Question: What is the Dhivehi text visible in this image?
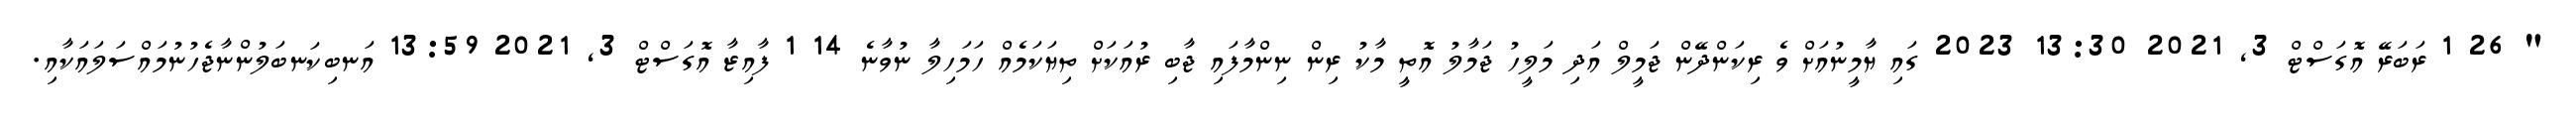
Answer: " 26 1 ރަބަރޭ އޮގަސްޓް 3, 2021 13:30 2023 ގައި ޔާމީނުއަށް ވެ ރިކަންދޭން ޖަމީލް އަދި މަލީހު ޖަމާލު އޮތީ މާކު ރިން ނިންމާފައި ޖާބި ރުއަކަށް ތިޔަކަމެއް ހަމަހިލާ ނުވާނެ 14 1 ފާއިޒާ އޮގަސްޓް 3, 2021 13:59 އަނބިކަނބަލުންނާޖެހުނުމައްސަލައަކާއި.